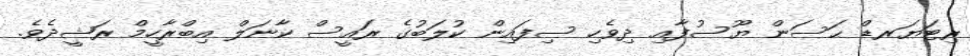
ރިޓަޔަރޑް ޙަސަން ޔޫސުފާއި ދިވެހި ސިފައިން ކުލަބުގެ ރައީސް ކާނަލް އިބްރާހީމް ރަޝީދެވެ.